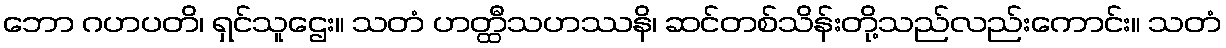
ဘော ဂဟပတိ၊ ရှင်သူဌေး။ သတံ ဟတ္ထီသဟဿနိ၊ ဆင်တစ်သိန်းတို့သည်လည်းကောင်း။ သတံ